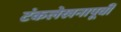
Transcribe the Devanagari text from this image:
टंकलेखनापूर्वी